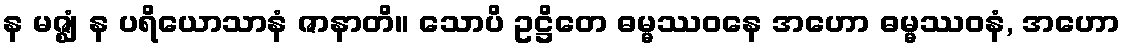
န မဇ္ဈံ န ပရိယောသာနံ ဇာနာတိ။ သောပိ ဥဋ္ဌိတေ ဓမ္မဿဝနေ အဟော ဓမ္မဿဝနံ, အဟော